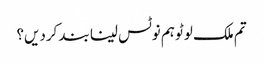
تم ملک لوٹو ہم نوٹس لینا بند کردیں؟